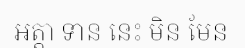
អត្តា ទាន នេះ មិន មែន